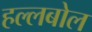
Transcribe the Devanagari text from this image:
हल्लबोल